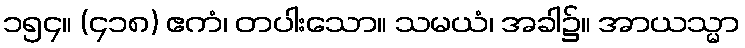
၁၅၄။ (၄၁၈) ဧကံ၊ တပါးသော။ သမယံ၊ အခါ၌။ အာယသ္မာ